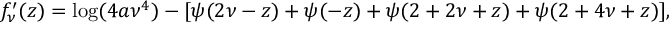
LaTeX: f _ { \nu } ^ { \prime } ( z ) = \log ( 4 a \nu ^ { 4 } ) - [ \psi ( 2 \nu - z ) + \psi ( - z ) + \psi ( 2 + 2 \nu + z ) + \psi ( 2 + 4 \nu + z ) ] ,